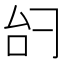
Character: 𫩞